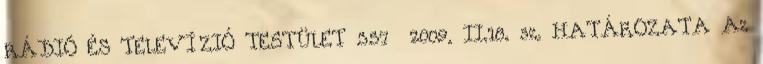
RÁDIÓ ÉS TELEVÍZIÓ TESTÜLET 357 2009. II.18. sz. HATÁROZATA Az